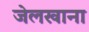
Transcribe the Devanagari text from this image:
जेलखाना